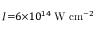
I { = } 6 { \times } 1 0 ^ { 1 4 } \; \mathrm { W } \ \mathrm { c m } ^ { - 2 }